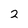
Character: 2